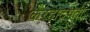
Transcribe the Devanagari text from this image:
करहाटपती